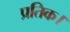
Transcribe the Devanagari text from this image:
प्रतिक।